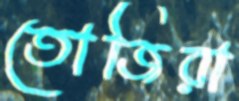
তোজিরা